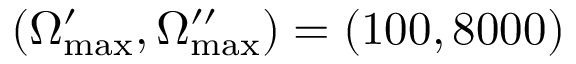
\left( \Omega _ { \mathrm { m a x } } ^ { \prime } , \Omega _ { \mathrm { m a x } } ^ { \prime \prime } \right) = \left( 1 0 0 , 8 0 0 0 \right)